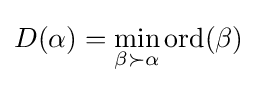
D(\alpha )=\min _{\beta \succ \alpha }\operatorname {ord} (\beta )